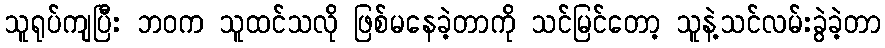
သူရုပ်ကျပြီး ဘဝက သူထင်သလို ဖြစ်မနေခဲ့တာကို သင်မြင်တော့ သူနဲ့သင်လမ်းခွဲခဲ့တာ